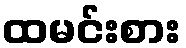
ထမင်းစား